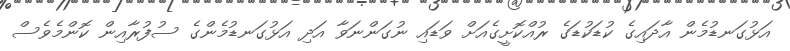
އަޅުގަނޑުމެން އާދައިގެ ކުޑަކުޑަގެ ރުއްކޮށީގެއަށް ވަޑައި ނުގަންނަވާ އަދި އަޅުގަނޑުމެންގެ ސުފުރާއިން ކޮންމެވެސް